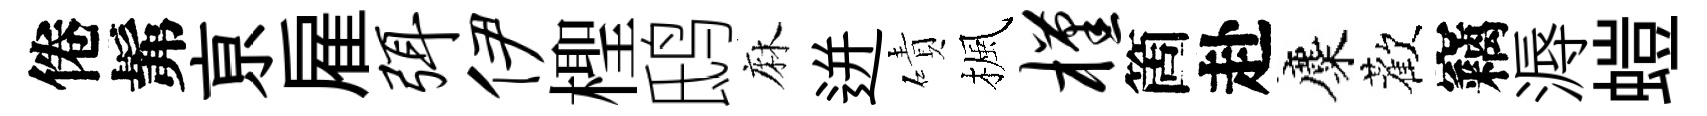
倦髴亰雇弭伊檉鸱麻迸磧楓槿箇赴麋歡竊溽螘